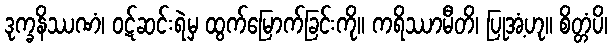
ဒုက္ခနိဿဏံ၊ ဝဋ်ဆင်းရဲမှ ထွက်မြောက်ခြင်းကို။ ကရိဿာမီတိ၊ ပြုအံ့ဟု။ စိတ္တံပိ၊